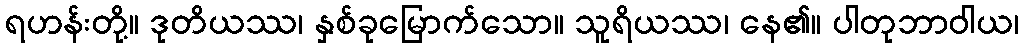
ရဟန်းတို့။ ဒုတိယဿ၊ နှစ်ခုမြောက်သော။ သူရိယဿ၊ နေ၏။ ပါတုဘာဝါယ၊